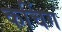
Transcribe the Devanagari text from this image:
कचिंग